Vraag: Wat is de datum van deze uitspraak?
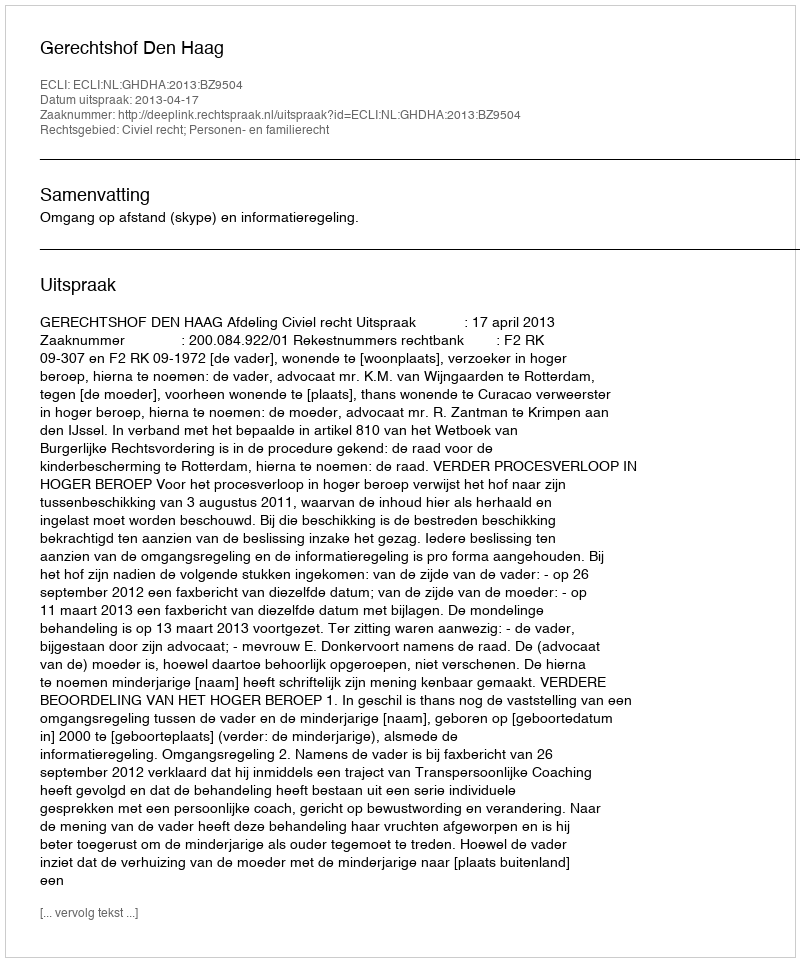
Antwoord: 2013-04-17